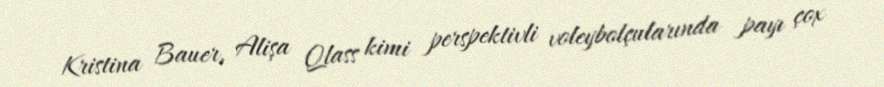
Kristina Bauer, Alişa Qlass kimi perspektivli voleybolçularında payı çox